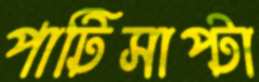
পাটিসাপ্টা